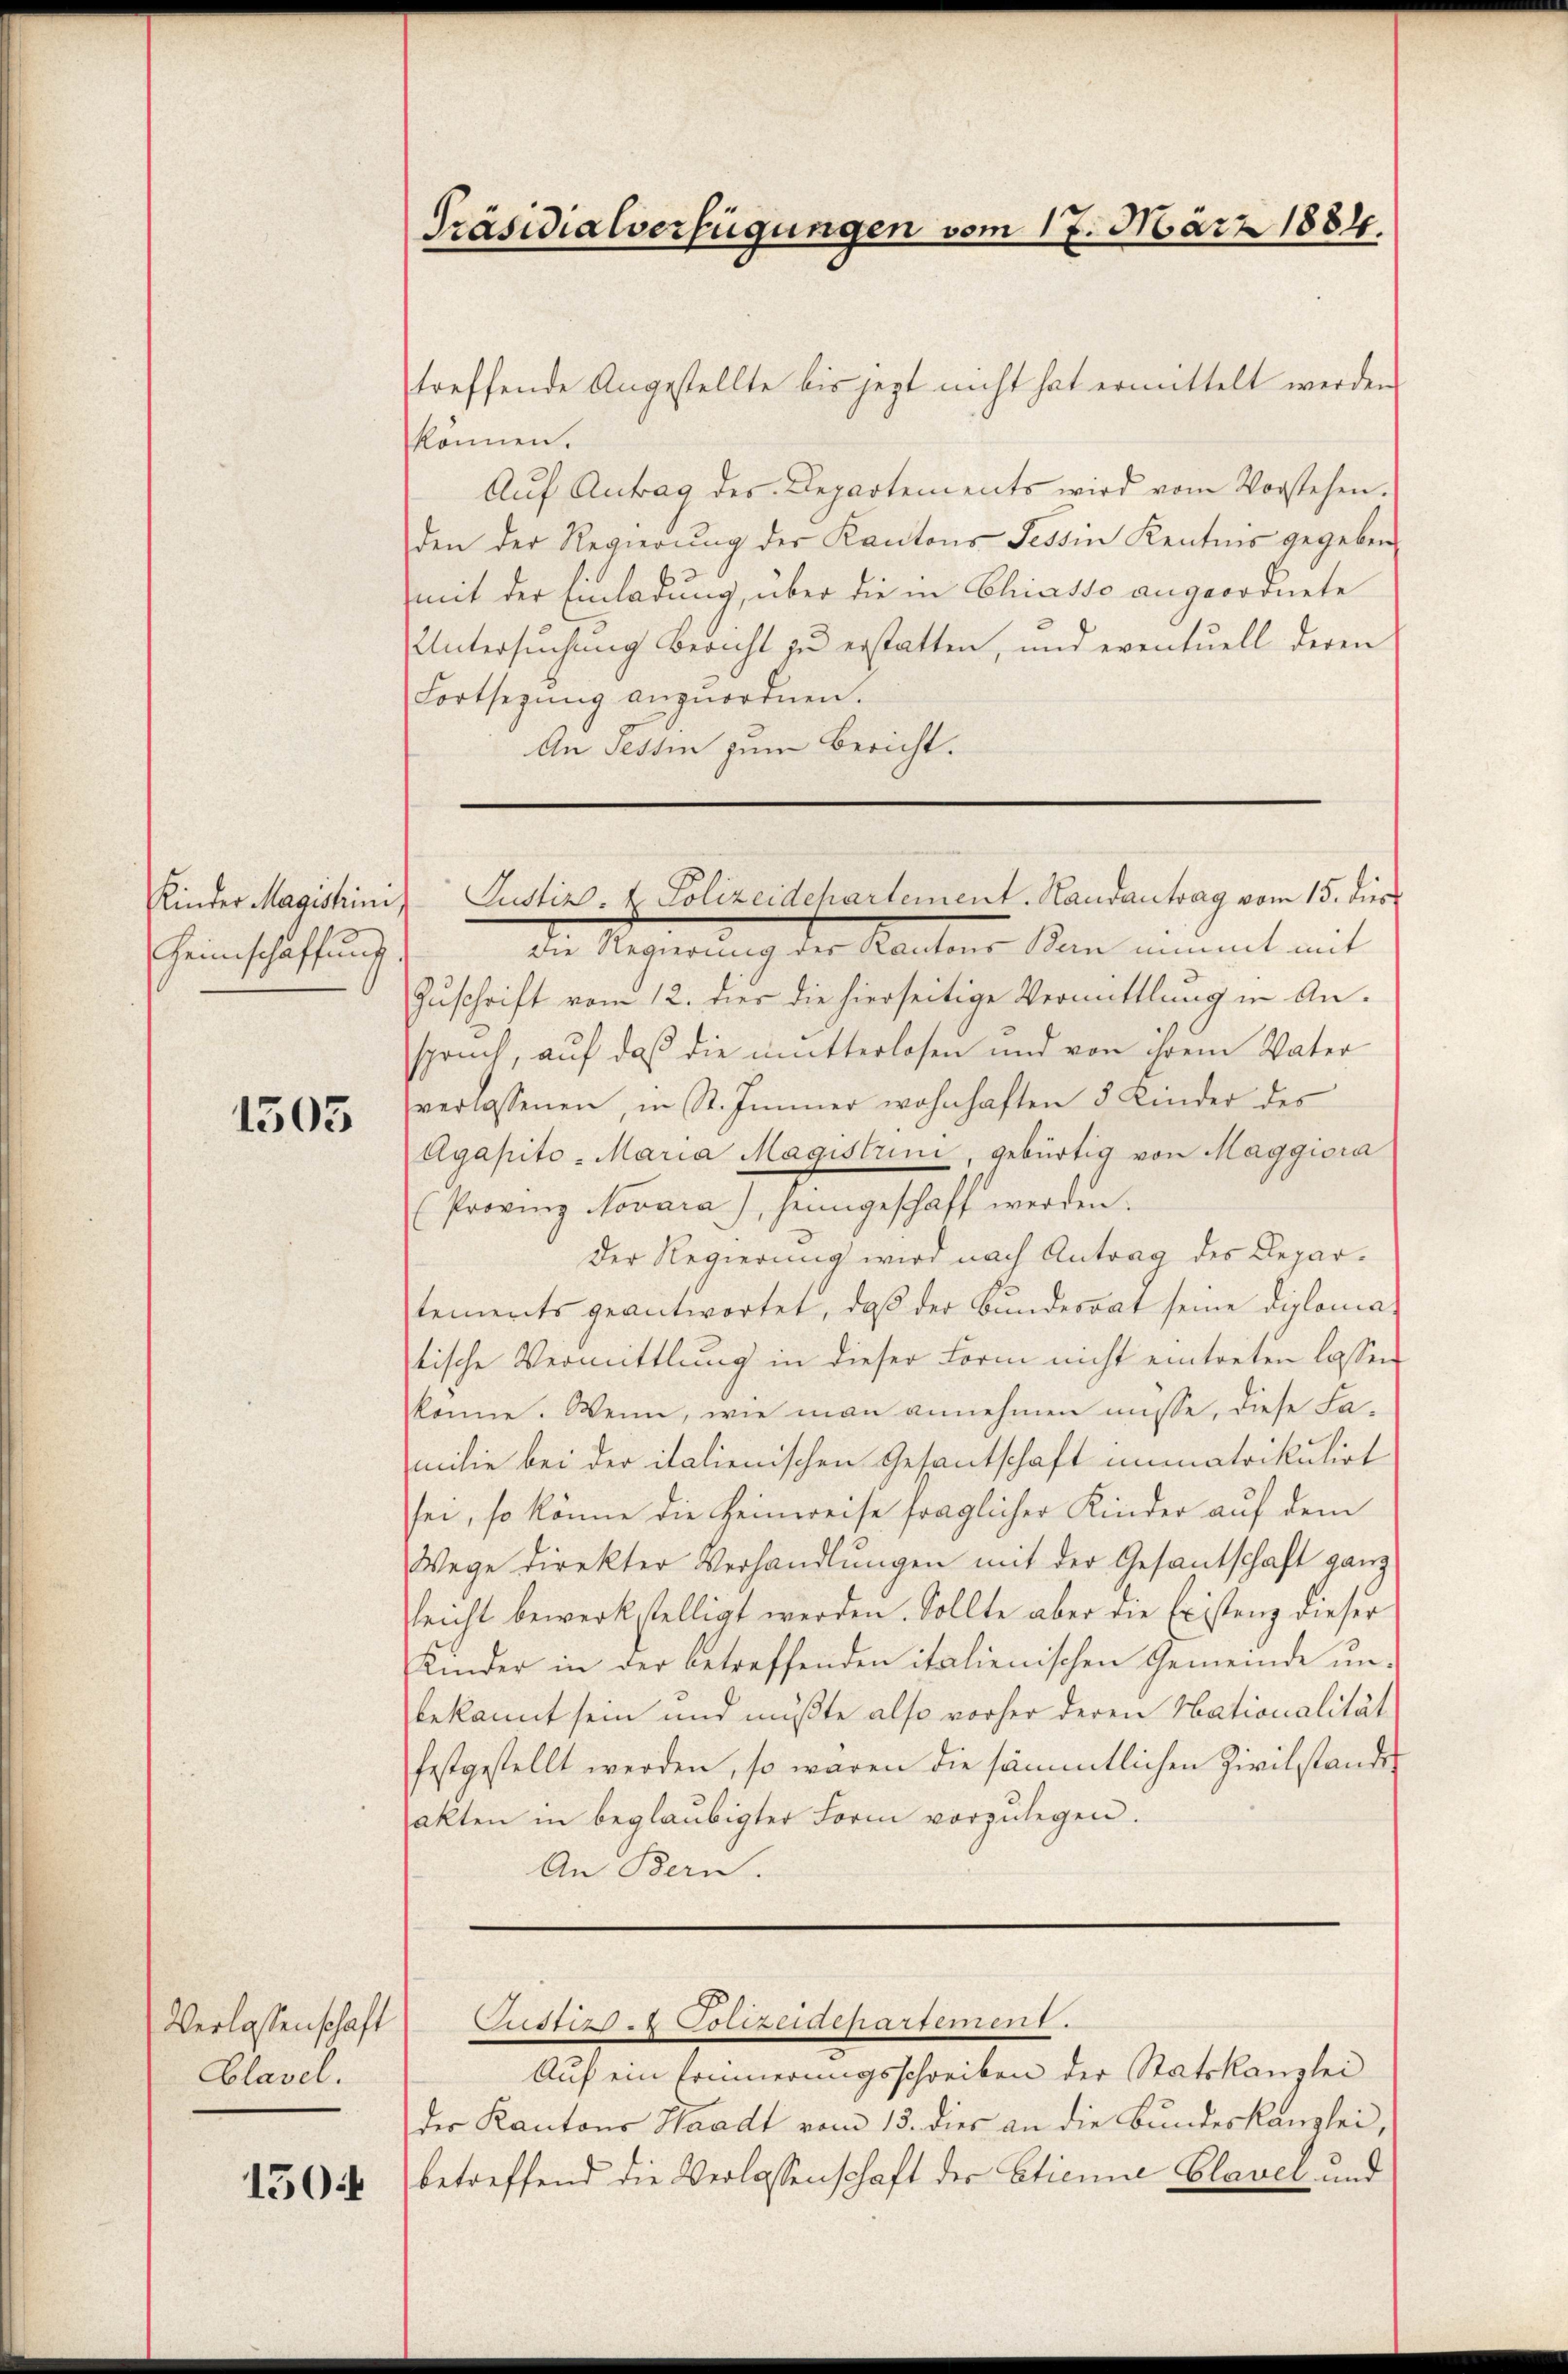
Heimschaffung.

1505

Verlassenschaft
Clavel.
150

treffende Angestellte bis jezt nicht hat ermittelt werden
können.
Aŭf Antrag des Departements wird vom Vorstehen.
den der Regierŭng der Kantons Tessin Kentnis gegeben.
mit der Einladung, über die in Chiasso angeordnete
Untersuchung Bericht zu erstatten, und eventuell deren
Fortsezung anzuordnen.
An Tessin zum Bericht.

Präsidialverfügungen vom 17. März 1884.

die Regierung des Kantons Bern nimmt mit
Zuschrift vom 12. dies die hierseitige Vermittlung in Anspruch, auf daß die mitterlosen und von ihrem Vater
verlassenen, in St. Immer wohnhaften 5 Kinder des
Agapito-Maria Magistrini, gebürtig von Maggiora
(Provinz Novara), heimgeschaft werden.
Der Regierung wird nach Antrag des Departements geantwortet, daß der Bundesrat seine diplomatische Vermittlung in dieser Form nicht eintreten lassen.
könne. Wenn, wie man annehmen müsse, diese Fa-
milie bei der italienischen Gesantschaft immatrikulirt
sei, so könne die Heinweise fraglicher Kinder auf dem
Wege direkter Verhandlŭngen mit der Gesantschaft ganz
leicht bewerkstelligt werden. Sollte aber die Existenz dieser
Kinder in der betreffenden italienischen Gemeinde unbekannt sein und müßte also vorher deren Nationalität
festgestellt werden, so wären die sämmtlichen Zivilstandes
akten in beglaubigter Form vorzŭlegen.
An Bern.

Kinder Magishini, Justiz- & Polizeidehartement. Handantrag vom 15. dies

Austins Polizeidehassenen 8.

Auf ein Erinnerungsschreiben der Statskanzlei
der Kantons Waadt vom 13. dies an die Bundeskanzlei,
betreffend die Verlassenschaft der Etienne Clavel und